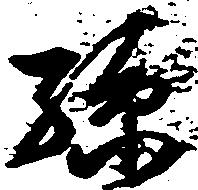
孫